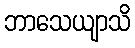
ဘာသေယျာသိ